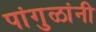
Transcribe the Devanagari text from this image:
पांगुळांनी